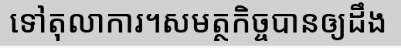
ទៅតុលាការ។សមត្ថកិច្ចបានឲ្យដឹង